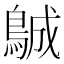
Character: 𱈨